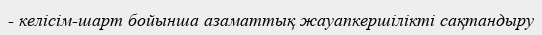
- келісім-шарт бойынша азаматтық жауапкершілікті сақтандыру